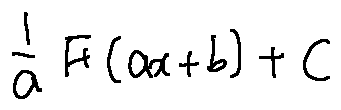
\frac { 1 } { a } F ( a x + b ) + C